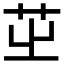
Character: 𦭩